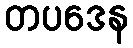
တပဒေန